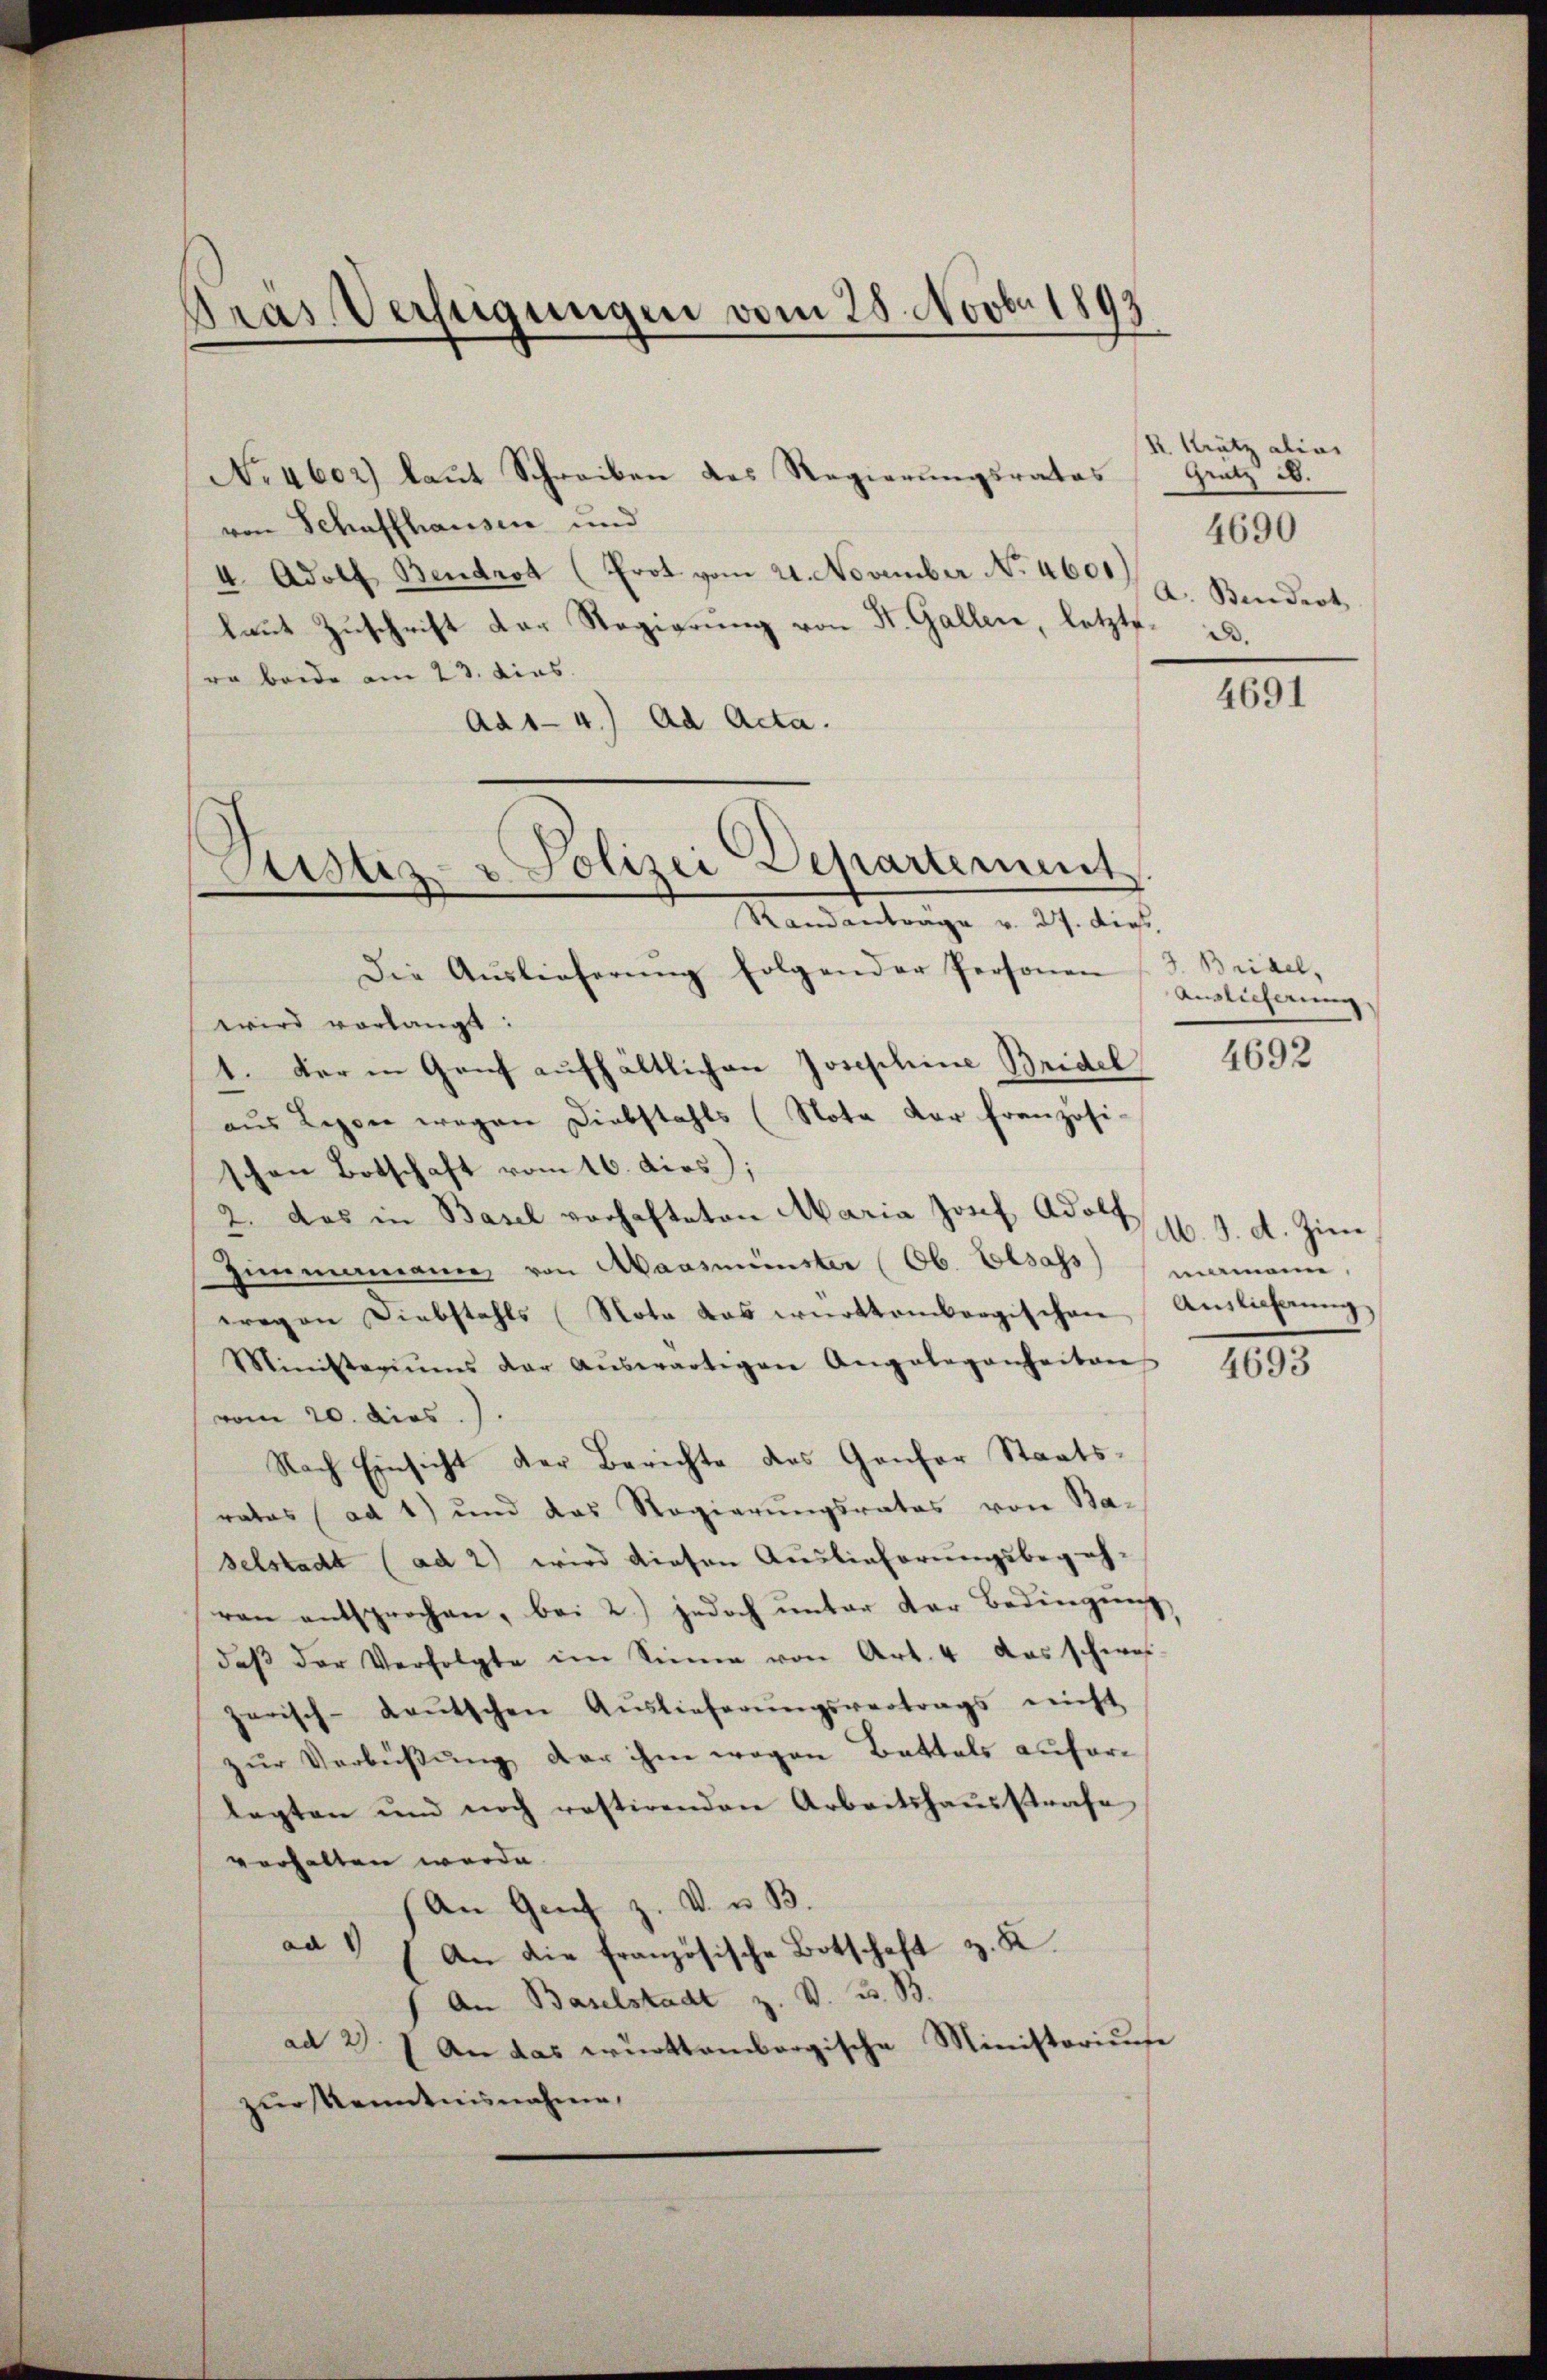
Gras Verfügungen vom 28. Novbr 1893

No 4602) laŭt Schreiben des Regierŭngsrates
von Schaffhausen und
4. Adolf Bendrot (Prot vom 21. November No. 4601)
laŭt Zŭschrift der Regierŭng von St. Gallen, letzte. a.
ro beide am 23. dies
Ad 1-4.) Ad Acta.
Die Auslieferŭng folgender Personen (S. Bridel,
wird vorlangt:
1. Der in Genf aufhältlichen Josephine Bridel
aus Legen wegen Diebstahls (Nota der französi-
schen Botschaft vom 16. dirs);
2. Das in Basel vorhafteten Maria Josef Adol p. 9. d. Zim
Zimmenianne von Maasmünster (Ob. Elsass mamann
wegen Diebstahls Nota das württembergischen Aŭslähnŭng,
Ministeriums der aŭswärtigen Angelegenheiten
vom 20. dies.).
Nach Einsicht der Berichte des Gansor Staatsratas (ad 1) und das Regierŭngsrates von Ba-
selstadt (ad 2) wird diesen Auslieferungsbegeh-
ren entsprochen, bei 2) jedoch unter der Bedingung
daβ der Verfolgte im Sinne von Art. 4 das schwes
zerisch-deŭtschen Aŭslieferŭngsvertrags nicht
zŭr Verbüβŭng der ihm wegen Battals auferlegten und noch restirenden Arbeitshaŭsstrafe
verhalten werde.
(An Genf z. V. u. B.
ad " " An die französische Botschaft z. K
An Baselstadt z. V. B. B
ad 27 An das württembergische Ministorius
zur Kenntnisnahme,

Atistiz- u Polizei Departement
Randantrage v. 27. dies

R. Krätz alias
Gratz ab.
Bendert

4690

4691

Auslicherung

4692

4693